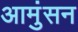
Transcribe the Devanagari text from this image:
आमुंसन